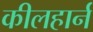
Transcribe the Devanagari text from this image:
कीलहार्न